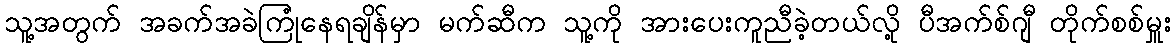
သူ့အတွက် အခက်အခဲကြုံနေရချိန်မှာ မက်ဆီက သူ့ကို အားပေးကူညီခဲ့တယ်လို့ ပီအက်စ်ဂျီ တိုက်စစ်မှူး